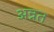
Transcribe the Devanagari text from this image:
अन्नत